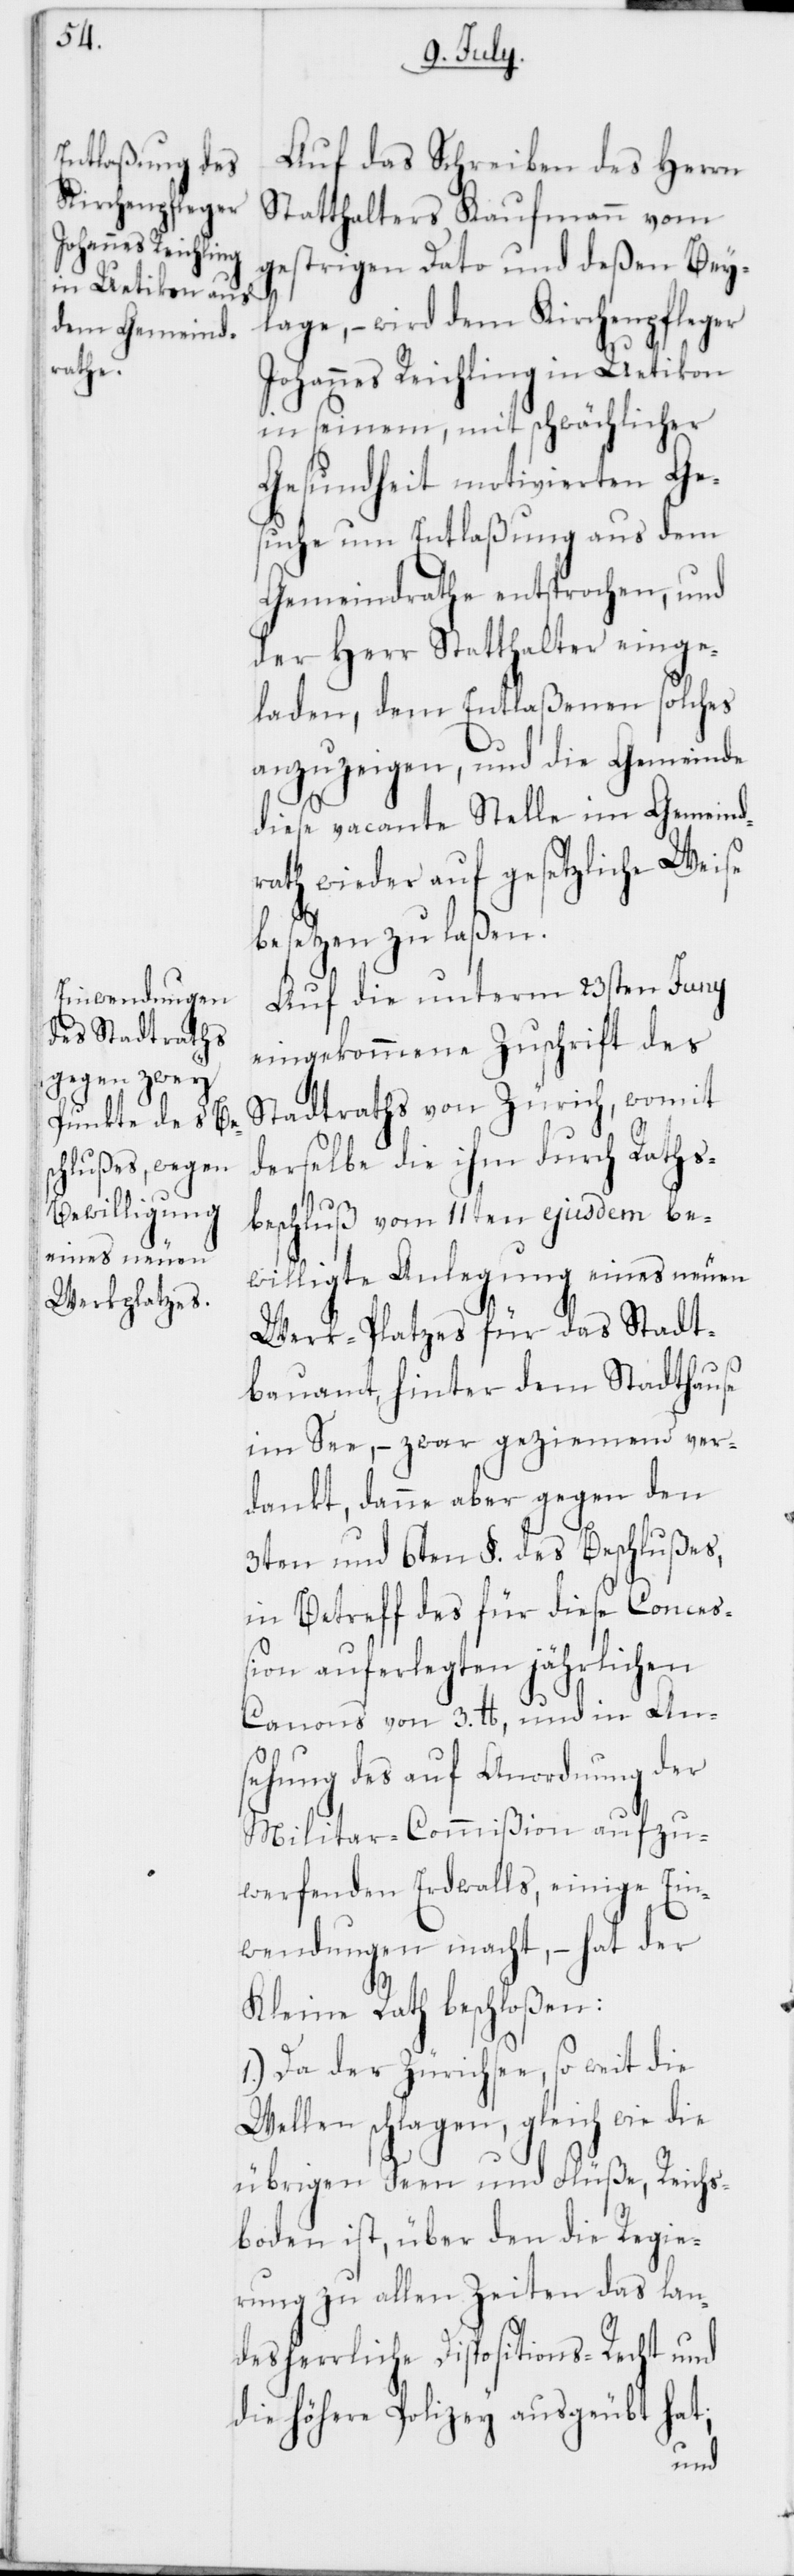
Auf das Schreiben des Herrn
Statthalters Kaufmann vom
gestrigen Dato und deßen Bey¬
lage, – wird dem Kirchenpfleger
Johannes Reichling in Uetikon
in seinem, mit schwächlicher
Gesundheit motivierten Ge¬
suche um Entlaßung aus dem
Gemeindrathe entsprochen, und
der Herr Statthalter einge¬
laden, dem Entlaßenen solches
anzuzeigen, und die Gemeinde
diese vacante Stelle im Gemeind¬
rath wieder auf gesetzliche Weise
besetzen zu laßen.
Auf die unterm 23sten Juny
eingekommene Zuschrift des
Stadtraths von Zürich, womit
derselbe die ihm durch Raths¬
beschluß vom 11ten ejusdem be¬
willigte Anlegung eines neuen
Werk-Platzes für das Stadt¬
bauamt hinter dem Stadthause
im See, – zwar geziemend ver¬
dankt, danne aber gegen den
3ten und 6ten §. des Beschlußes,
in Betreff des für diese Conceß¬
ion auferlegten jährlichen
Canons von 3. lb, und in An¬
sehung des auf Anordnung der
Militar-Commißion aufzu¬
werfenden Erdwalls, einige Ein¬
wendungen macht, – hat der
Kleine Rath beschloßen:
1.) Da der Zürichsee, so weit die
Wellen schlagen, gleich wie die
übrigen Seen und Flüße, Reichs¬
boden ist, über den die Regie¬
rung zu allen Zeiten das lan¬
desherrliche Dispositions-Recht und
die höhere Polizey ausgeübt hat;